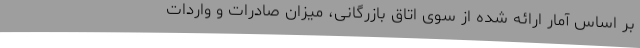
بر اساس آمار ارائه شده از سوی اتاق بازرگانی، میزان صادرات و واردات